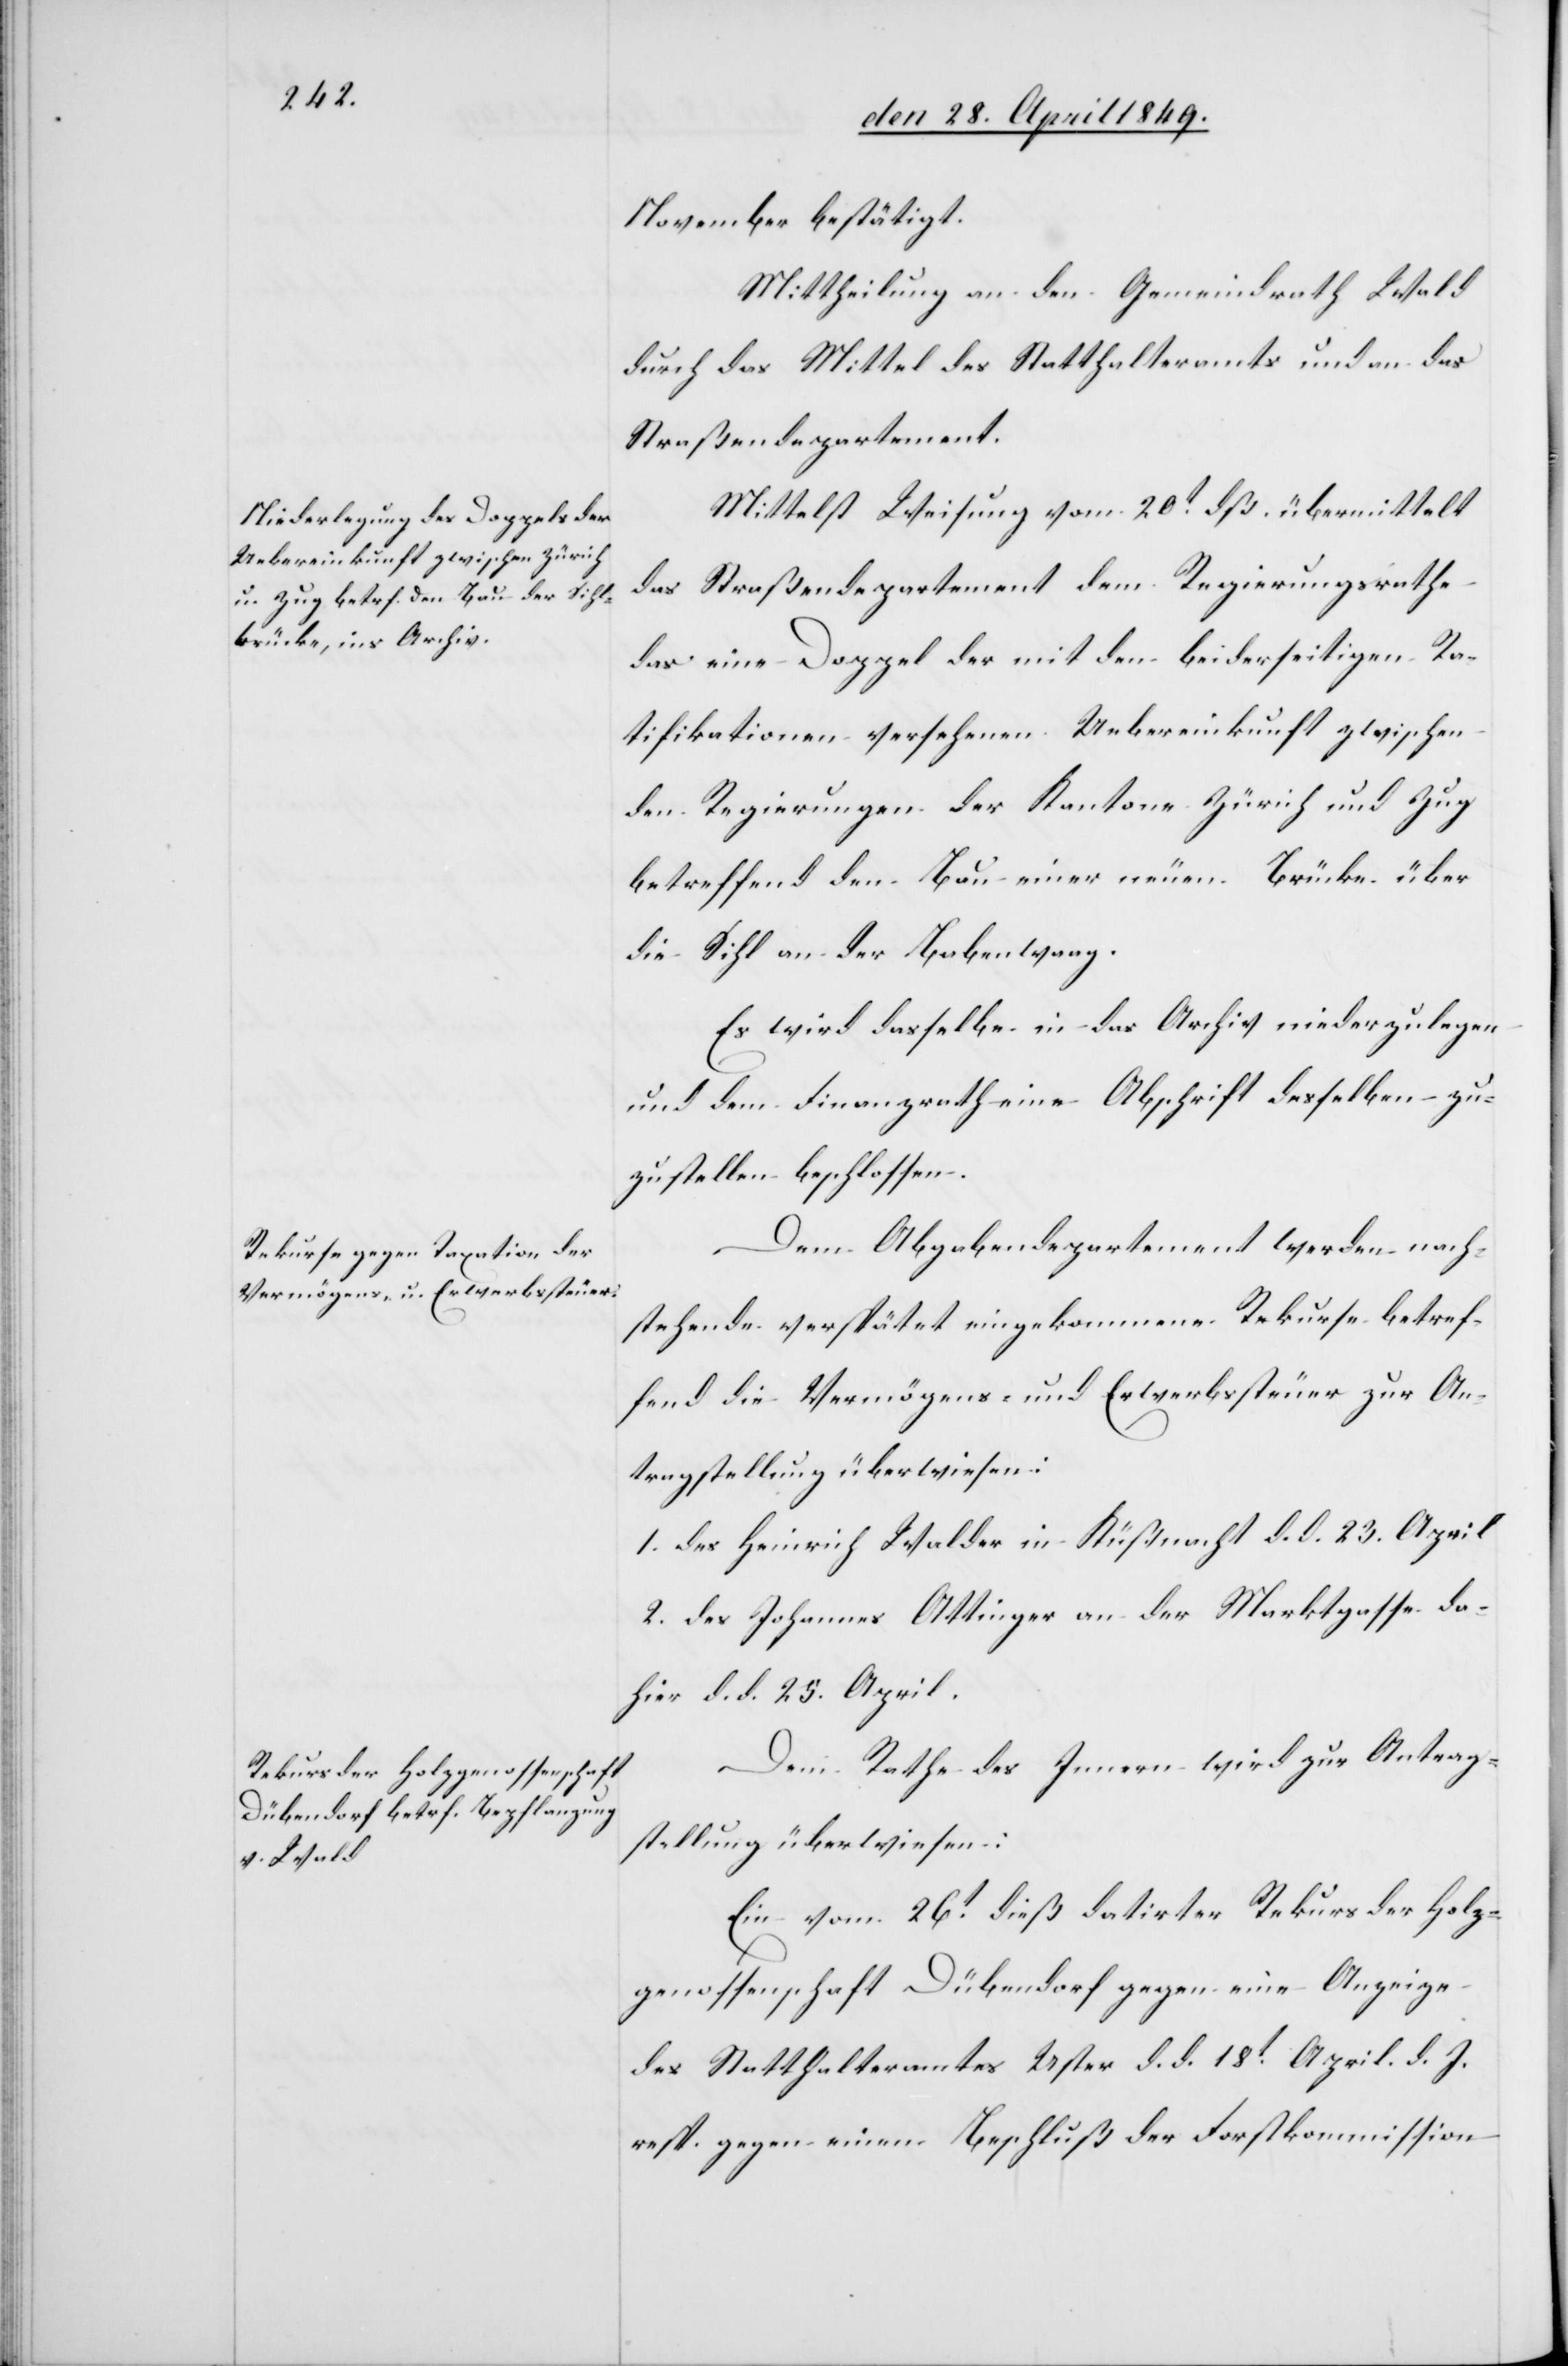
November bestätigt.
Mittheilung an den Gemeindrath Wald
durch das Mittel des Statthalteramts und an das
Straßendepartement.
Mittelst Weisung vom 20t dß. übermittelt
das Straßendepartement dem Regierungsrathe
das eine Doppel der mit den beiderseitigen Ra¬
tifikationen versehenen Uebereinkunft zwischen
den Regierungen der Kantone Zürich und Zug
betreffend den Bau einer neuen Brücke über
die Sihl an der Babenwaag.
Es wird dasselbe in das Archiv niederzulegen
und dem Finanzrathe eine Abschrift desselben zu¬
zustellen beschlossen.
Dem Abgabendepartement werden nach¬
stehende verspätet eingekommene Rekurse betref¬
fend die Vermögens- und Erwerbssteuer zur An¬
Antragstellung überwiesen:
1. des Heinrich Walder in Küßnacht d. d. 23. April
2. des Johannes Ottinger an der Marktgasse da¬
hier d. d. 25. April.
Dem Rathe des Innern des Innern
Ein vom 26t dieß datirter Rekurs der Holz¬
genossenschaft Dübendorf gegen eine Anzeige
des Statthalteramtes Uster d. d. 18t April d. J.
resp. gegen einen Beschluß der Forstkommission